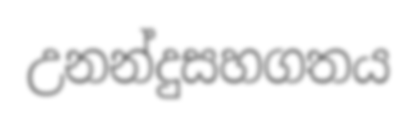
උනන්දුසහගතය